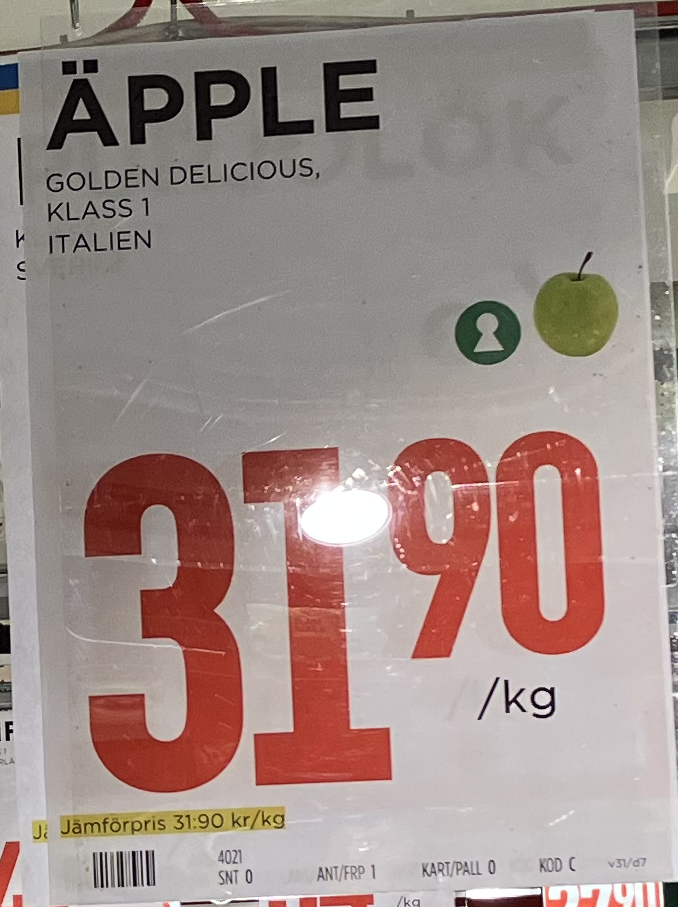
Vara: Äpple
Genomsnittspris: 31.9 per kg